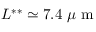
L ^ { * * } \simeq 7 . 4 \ \mu \mathrm { ~ m ~ }